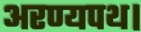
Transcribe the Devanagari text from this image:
अरण्यपथ।